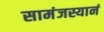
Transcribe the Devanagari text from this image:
सामंजस्यानं